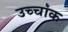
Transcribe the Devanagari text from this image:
उच्‍चांक